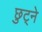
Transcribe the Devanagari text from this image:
छुट्ने